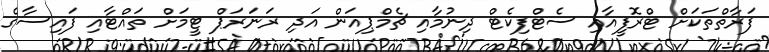
ފަރާތްތަކަށް ޓްރޮފީއާއި ސެޓްފިކެޓް ދިނުމާއި ޗެމްޕިއަން އަދި ރަނަރަޕް ޓީމަށް ތައްޓާއި ފައިސާގެ